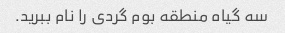
سه گیاه منطقه بوم گردی را نام ببرید.